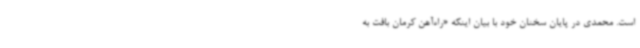
است. محمدی در پایان سخنان خود با بیان اینکه «راه‌آهن کرمان بافت به